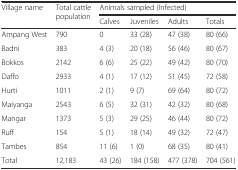
| <ROWSPAN=2> Village name | <ROWSPAN=2> Total cattle population | <COLSPAN=4> Animals sampled (Infected) |
 | Calves | Juveniles | Adults | Totals |
 | --- | --- | --- | --- | --- | --- |
 | Ampang West | 790 | 0 | 33 (28) | 47 (38) | 80 (66) |
 | Badni | 383 | 4 (3) | 20 (18) | 56 (46) | 80 (67) |
 | Bokkos | 2142 | 6 (6) | 25 (22) | 49 (42) | 80 (70) |
 | Daffo | 2933 | 4 (1) | 17 (12) | 51 (45) | 72 (58) |
 | Hurti | 1011 | 2 (1) | 9 (7) | 69 (64) | 80 (72) |
 | Maiyanga | 2543 | 6 (5) | 32 (31) | 42 (32) | 80 (68) |
 | Mangar | 1373 | 5 (3) | 29 (25) | 46 (44) | 80 (72) |
 | Ruff | 154 | 5 (1) | 18 (14) | 49 (32) | 72 (47) |
 | Tambes | 854 | 11 (6) | 1 (0) | 68 (35) | 80 (41) |
 | Total | 12,183 | 43 (26) | 184 (158) | 477 (378) | 704 (561) |